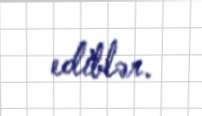
ediblər.